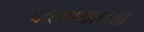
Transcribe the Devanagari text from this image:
बोलण्यापेक्षा